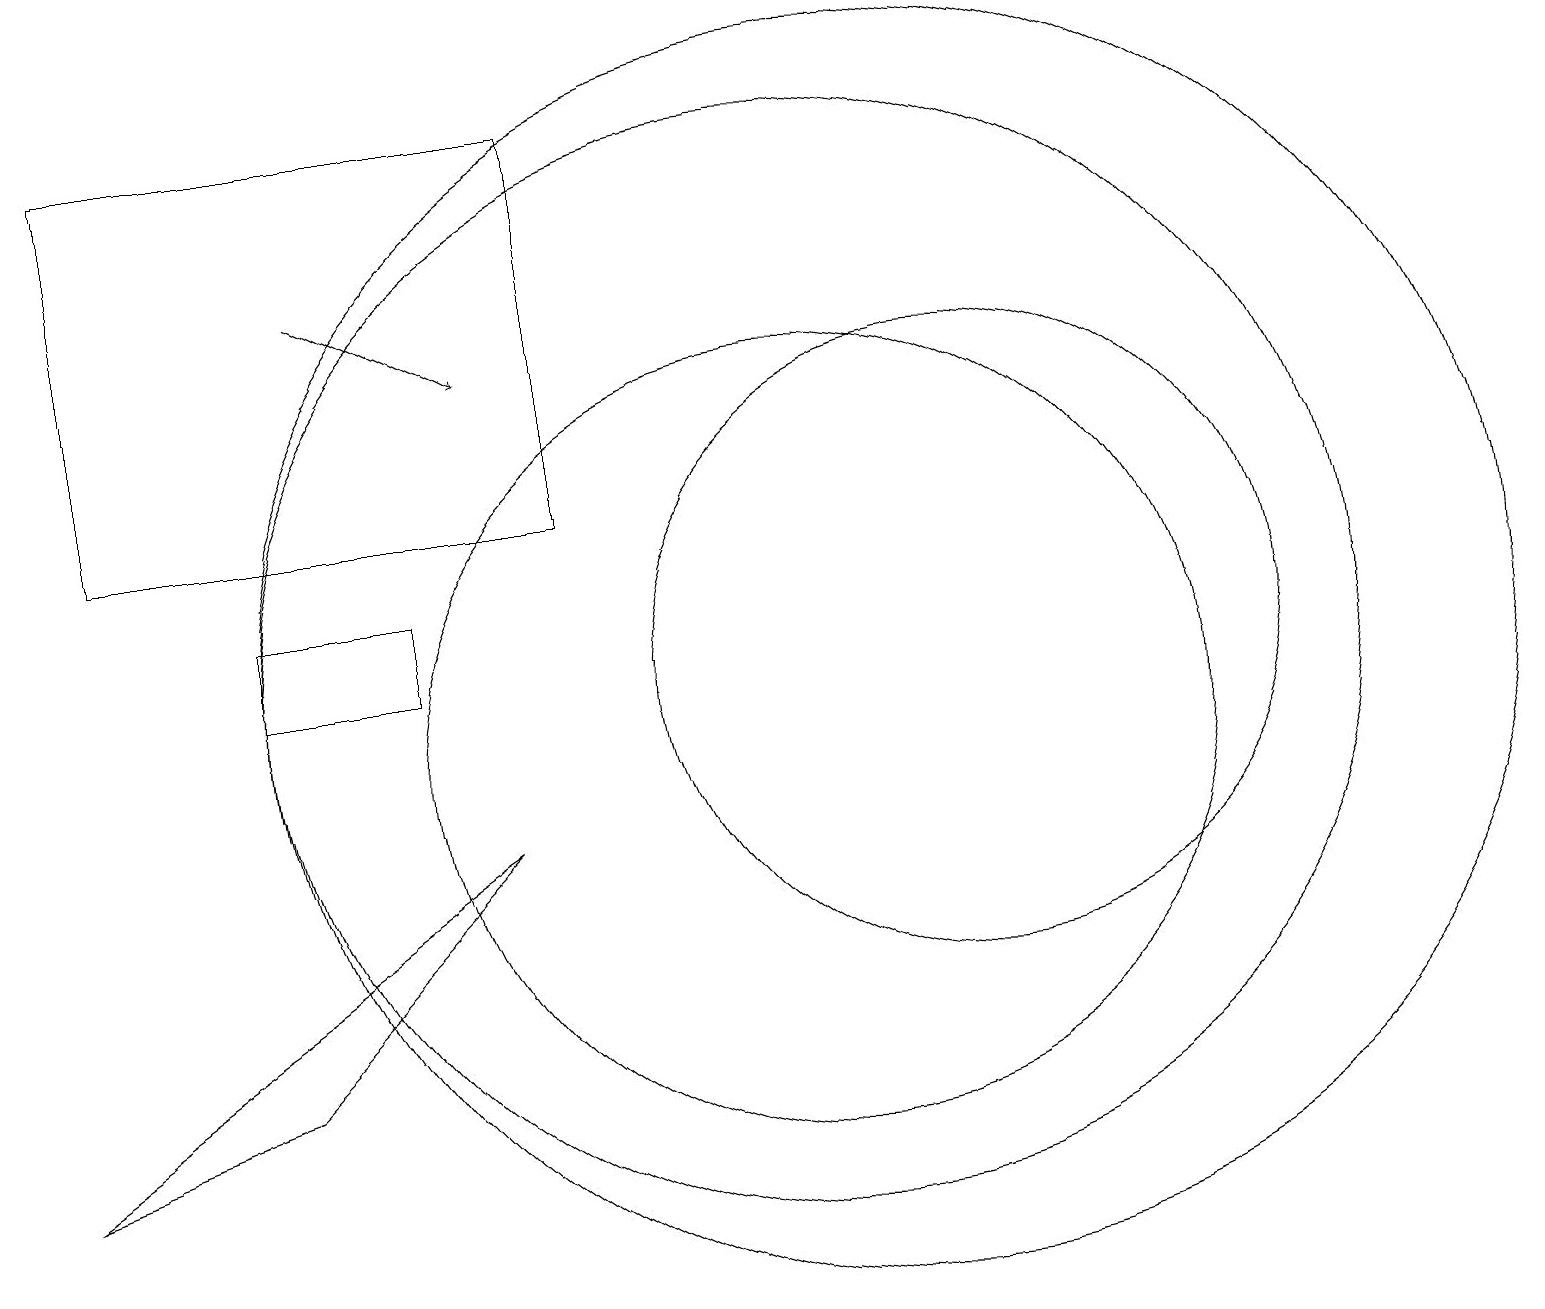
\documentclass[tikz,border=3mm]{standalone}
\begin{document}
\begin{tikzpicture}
\draw (1,18) rectangle (7,13);
\draw (0,5) -- (3,6) -- (6,9) -- cycle;
\draw (3,12) rectangle (5,11);
\draw (10,10) circle (5);
\draw (11,11) circle (8);
\draw (10,11) circle (7);
\draw (12,11) circle (4);
\draw[->] (4,16) -- (6,15);
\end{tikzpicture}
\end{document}